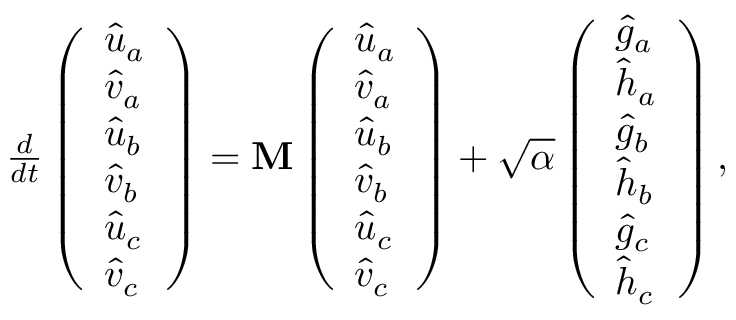
\begin{array} { r } { \frac { d } { d t } \left( \begin{array} { l } { \hat { u } _ { a } } \\ { \hat { v } _ { a } } \\ { \hat { u } _ { b } } \\ { \hat { v } _ { b } } \\ { \hat { u } _ { c } } \\ { \hat { v } _ { c } } \end{array} \right) = \mathbf { M } \left( \begin{array} { l } { \hat { u } _ { a } } \\ { \hat { v } _ { a } } \\ { \hat { u } _ { b } } \\ { \hat { v } _ { b } } \\ { \hat { u } _ { c } } \\ { \hat { v } _ { c } } \end{array} \right) + \sqrt { \alpha } \left( \begin{array} { l } { \hat { g } _ { a } } \\ { \hat { h } _ { a } } \\ { \hat { g } _ { b } } \\ { \hat { h } _ { b } } \\ { \hat { g } _ { c } } \\ { \hat { h } _ { c } } \end{array} \right) , } \end{array}